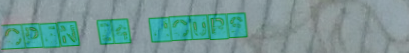
OPEN 24 HOURS